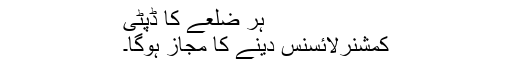
ہر ضلعے کا ڈپٹی
کمشنرلائسنس دینے کا مجاز ہوگا۔